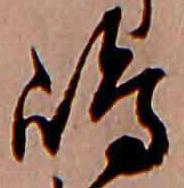
嶋